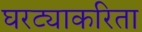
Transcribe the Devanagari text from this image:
घरट्याकरिता